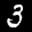
Label: 3